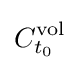
C_{t_{0}}^{\operatorname {vol} }